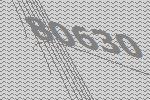
80630